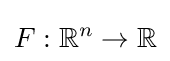
F:\mathbb {R} ^{n}\rightarrow \mathbb {R}